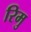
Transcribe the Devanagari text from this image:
रिमु